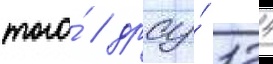
того́ / дрсу́ 124